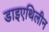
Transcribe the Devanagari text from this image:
डाइएथिलीन